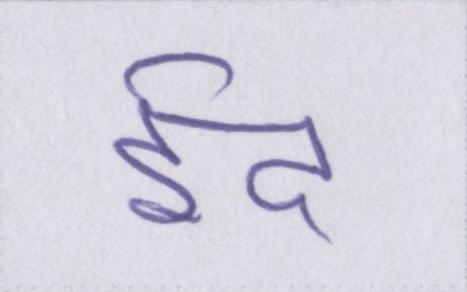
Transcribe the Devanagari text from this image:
ईद